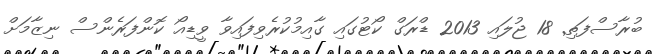
ބުރާސްފަތި